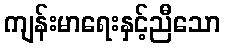
ကျန်းမာရေးနှင့်ညီသော